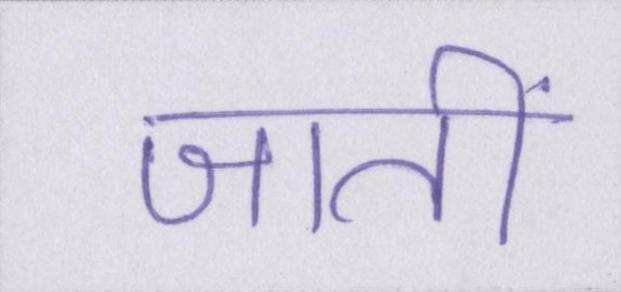
जातीं